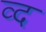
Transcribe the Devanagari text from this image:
व्द